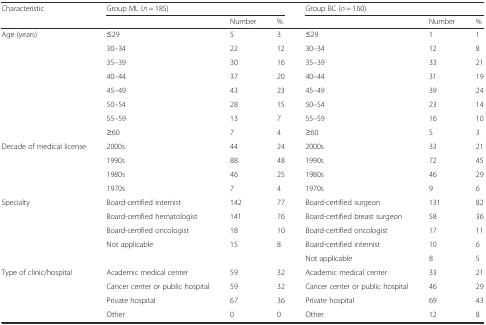
| Characteristic | <COLSPAN=3> Group ML (n = 185) | <COLSPAN=3> Group BC (n = 160) |
 |  |  | Number | % |  | Number | % |
 | --- | --- | --- | --- | --- | --- | --- |
 | Age (years) | ≤29 | 5 | 3 | ≤29 | 1 | 1 |
 |  | 30–34 | 22 | 12 | 30–34 | 12 | 8 |
 |  | 35–39 | 30 | 16 | 35–39 | 33 | 21 |
 |  | 40–44 | 37 | 20 | 40–44 | 31 | 19 |
 |  | 45–49 | 43 | 23 | 45–49 | 39 | 24 |
 |  | 50–54 | 28 | 15 | 50–54 | 23 | 14 |
 |  | 55–59 | 13 | 7 | 55–59 | 16 | 10 |
 |  | ≥60 | 7 | 4 | ≥60 | 5 | 3 |
 | Decade of medical license | 2000s | 44 | 24 | 2000s | 33 | 21 |
 |  | 1990s | 88 | 48 | 1990s | 72 | 45 |
 |  | 1980s | 46 | 25 | 1980s | 46 | 29 |
 |  | 1970s | 7 | 4 | 1970s | 9 | 6 |
 | Specialty | Board-certified internist | 142 | 77 | Board-certified surgeon | 131 | 82 |
 |  | Board-certified hematologist | 141 | 76 | Board-certified breast surgeon | 58 | 36 |
 |  | Board-certified oncologist | 18 | 10 | Board-certified oncologist | 17 | 11 |
 |  | Not applicable | 15 | 8 | Board-certified internist | 10 | 6 |
 |  |  |  |  | Not applicable | 8 | 5 |
 | Type of clinic/hospital | Academic medical center | 59 | 32 | Academic medical center | 33 | 21 |
 |  | Cancer center or public hospital | 59 | 32 | Cancer center or public hospital | 46 | 29 |
 |  | Private hospital | 67 | 36 | Private hospital | 69 | 43 |
 |  | Other | 0 | 0 | Other | 12 | 8 |